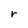
Character: r